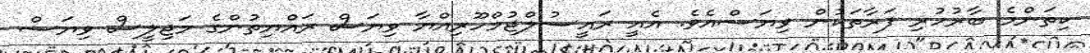
ކިތަންމެ ބާރުހުރި ފަރާތަކުން ވިޔަސްއެވެ. އެއީ ރައީސުލްޖުމްހޫރިއްޔާ ވިޔަސް ރައްޔިތުންގެ މަޖިލީސް ވިޔަސް